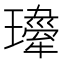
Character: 𤪍